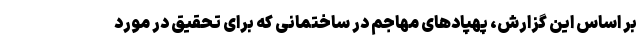
بر اساس این گزارش، پهپادهای مهاجم در ساختمانی که برای تحقیق در مورد